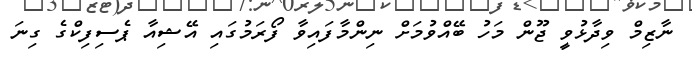
ނާޒިމް ވިދާޅުވީ ޖޫން މަހު ބޭއްވުމަށް ނިންމާފައިވާ ފޯރަމުގައި އޭޝިއާ ޕެސިފިކްގެ ގިނަ